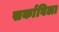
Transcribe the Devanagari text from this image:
सर्काविला